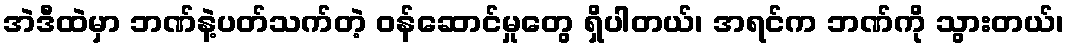
အဲဒီထဲမှာ ဘဏ်နဲ့ပတ်သက်တဲ့ ဝန်ဆောင်မှုတွေ ရှိပါတယ်၊ အရင်က ဘဏ်ကို သွားတယ်၊